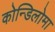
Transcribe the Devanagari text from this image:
कोन्डिलोमा